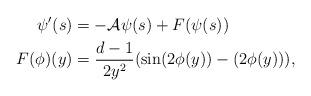
LaTeX: \begin{align*} \psi'(s)&=-\mathcal A\psi(s)+F(\psi(s))\\ F(\phi)(y)&=\frac{d-1}{2y^{2}}(\sin(2\phi(y))-(2\phi(y))),\end{align*}